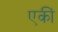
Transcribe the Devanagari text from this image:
एकीं